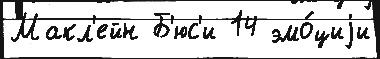
Макл'ейн Б'юс'и 14 эмо́циjи